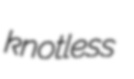
knotless